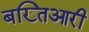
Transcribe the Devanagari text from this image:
बख्तिआरी